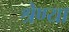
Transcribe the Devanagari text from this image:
श्रेण्या